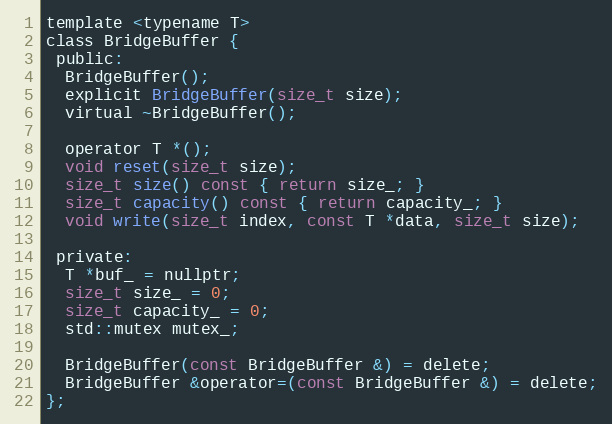
Language: C
template <typename T>
class BridgeBuffer {
 public:
  BridgeBuffer();
  explicit BridgeBuffer(size_t size);
  virtual ~BridgeBuffer();

  operator T *();
  void reset(size_t size);
  size_t size() const { return size_; }
  size_t capacity() const { return capacity_; }
  void write(size_t index, const T *data, size_t size);

 private:
  T *buf_ = nullptr;
  size_t size_ = 0;
  size_t capacity_ = 0;
  std::mutex mutex_;

  BridgeBuffer(const BridgeBuffer &) = delete;
  BridgeBuffer &operator=(const BridgeBuffer &) = delete;
};